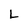
Character: L